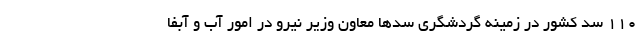
۱۱۰ سد کشور در زمینه گردشگری سدها معاون وزیر نیرو در امور آب و آبفا